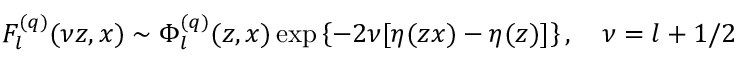
F _ { l } ^ { ( q ) } ( \nu z , x ) \sim \Phi _ { l } ^ { ( q ) } ( z , x ) \exp \left\{ - 2 \nu [ \eta ( z x ) - \eta ( z ) ] \right\} , \quad \nu = l + 1 / 2